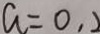
a = 0 ,